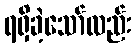
ရရှိခဲ့သော်လည်း